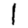
Digit: 1